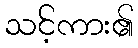
သင့်ကား၏